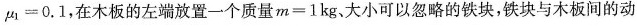
$$μ _ { 1 } = 0 . 1$$，在木板的左端放置一个质量$$m = 1 k g$$大小可以忽略的铁块，铁块与木板间的动